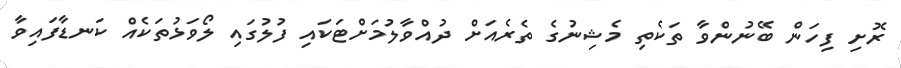
ރޮށި ފިހަން ބޭނުންވާ ތަކެތި މެޝިނުގެ ތެރެއަށް ދުއްވާލުމަށްޓަކައި ފުލުގައި ލޯވަޅުތަކެއް ކަނޑާފައިވާ